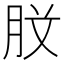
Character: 𭨰